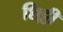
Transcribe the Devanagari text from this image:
शि्ट्टी